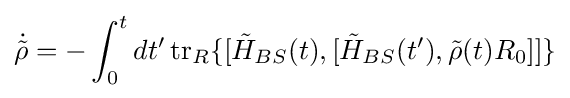
{\dot {\tilde {\rho }}}=-\int _{0}^{t}dt'\operatorname {tr} _{R}\{[{\tilde {H}}_{BS}(t),[{\tilde {H}}_{BS}(t'),{\tilde {\rho }}(t)R_{0}]]\}